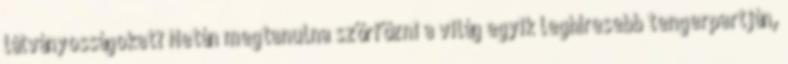
látványosságokat? Netán megtanulna szörfözni a világ egyik leghíresebb tengerpartján,